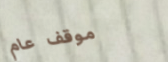
موقف عام